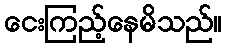
ငေးကြည့်နေမိသည်။